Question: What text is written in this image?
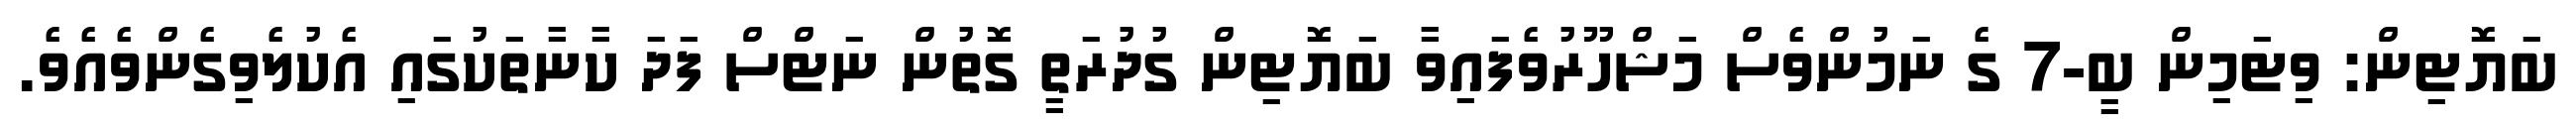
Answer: ބަޔޮޓިން: ވިޓަމިން ބީ-7 ގެ ނަމުންވެސް މަޝްހޫރުވެފައިވާ ބަޔޮޓިން ގުދުރަތީ ގޮތުން ނަޓްސް ފަދަ ކާނާތަކުގައި އެކުލެވިގެންވެއެވެ.